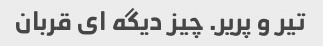
تیر و پریر. چیز دیگه ای قربان